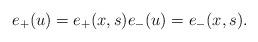
LaTeX: \begin{align*}e_+(u) = e_+(x,s) e_-(u) = e_-(x,s).\end{align*}